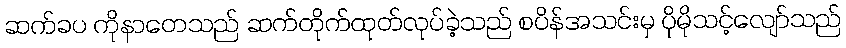
ဆက်ခပ ကိုနာတေသည် ဆက်တိုက်ထုတ်လုပ်ခဲ့သည် စပိန်အသင်းမှ ပိုမိုသင့်လျော်သည်